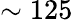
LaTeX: \sim 125